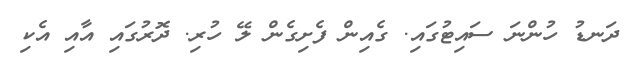
ދަނޑު ހުންނަ ސައިޓުގައި. ގެއިން ފެށިގެން ލޭ ހުރި. ދޮރުގައި އާއި އެކި